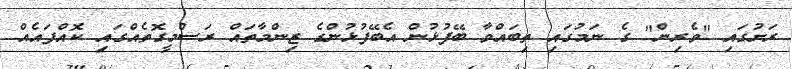
ރަށުގައި "ވެރިން" ގެ ނަމުގައި ތިބައްވާ ބޭފުޅުން އެބޭފުޅުންގެ ޒިންމާތައް ރަސްމީގޮތެއްގައި ކޮއްފައެއް